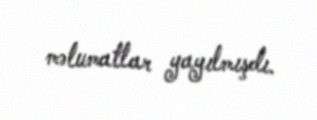
məlumatlar yayılmışdı.